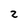
Character: 2